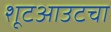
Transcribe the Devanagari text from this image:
शूटआउटचा